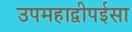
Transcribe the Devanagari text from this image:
उपमहाद्वीपईसा